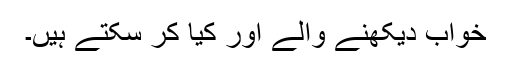
خواب دیکھنے والے اور کیا کر سکتے ہیں۔